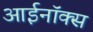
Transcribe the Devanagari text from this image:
आईनॉक्स